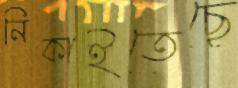
নিকাইতেছে